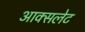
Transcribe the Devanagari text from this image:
आक्सलेट